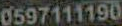
0597111190